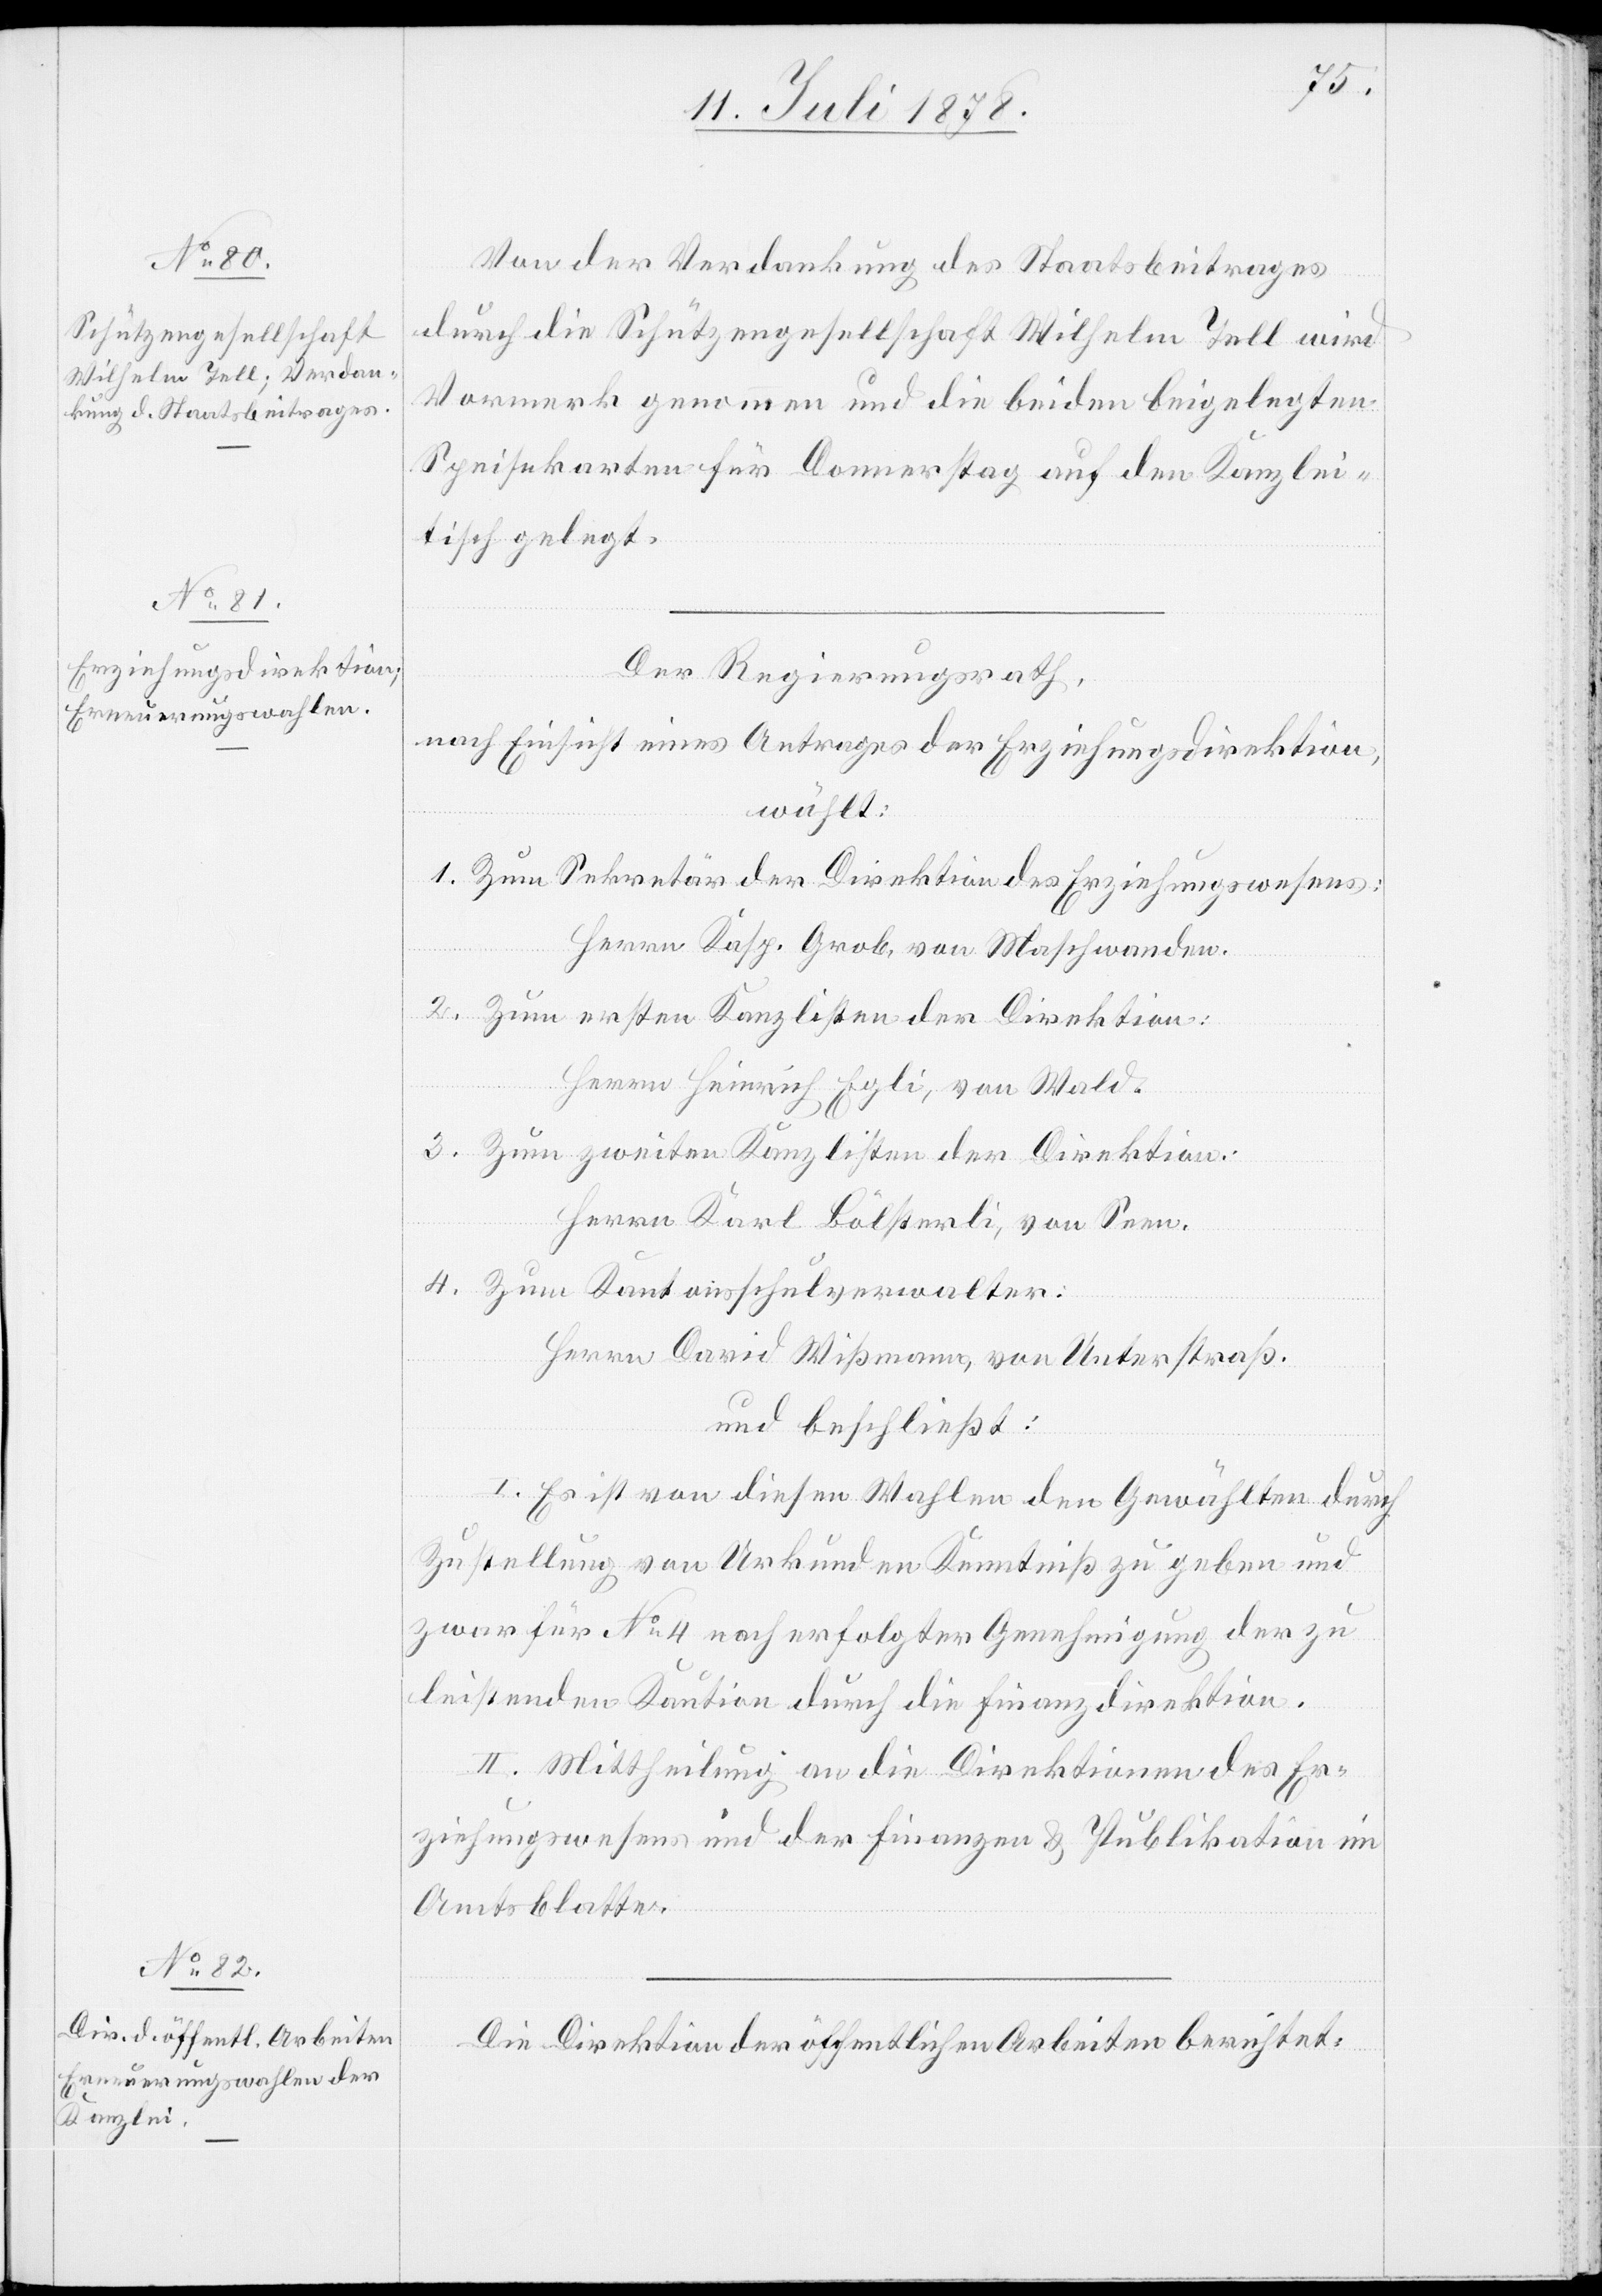
Von der Verdankung des Staatsbeitrages
durch die Schützengesellschaft Wilhelm Tell wird
Vormerk genommen und die beiden beigelegten
Speisekarten für Donnerstag auf den Kanzlei¬
tisch gelegt.
Der Regierungsrath,
nach Einsicht eines Antrages der Erziehungsdirektion,
wählt:
1. Zum Sekretär der Direktion des Erziehungswesens:
Herrn Kasp. Grob von Maschwanden.
2. Zum ersten Kanzlisten der Direktion:
Herrn Heinrich Egli, von Wald.
3. Zum zweiten Kanzlisten der Direktion:
Herrn Karl Bölsterli, von Seen.
4. Zum Kantonsschulverwalter:
Herrn David Wissmann, von Unterstraß.
und beschließt:
I. Es ist von diesen Wahlen den Gewählten durch
Zustellung von Urkunden Kenntniß zu geben und
zwar für No 4 nach erfolgter Genehmigung der zu
leistenden Kaution durch die Finanzdirektion.
II. Mittheilung an die Direktionen des Er¬
ziehungswesens und der Finanzen & Publikation im
Amtsblatte.
Die Direktion der öffentlichen Arbeiten berichtet: